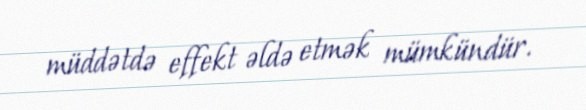
müddətdə effekt əldə etmək mümkündür.